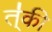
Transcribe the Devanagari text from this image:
त्॑की